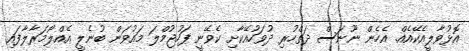
އޮޅުވާލީއެކޭއެއް. އެހެން ނޫނަސް ދަތްހުރި ދުވަހުއޭކާށި ކެވޭނީ ފަހުޖުމްލަ މައުވަން ބުނެލީ އެއްލޯމަރާލާފައި